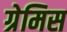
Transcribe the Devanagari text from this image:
ग्रेमिस